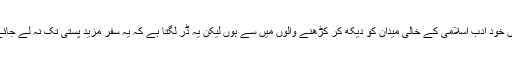
میں خود ادب اسلامی کے خالی میدان کو دیکھ کر کڑھنے والوں میں سے ہوں لیکن یہ ڈر لگتا ہے کہ یہ سفر مزید پستی تک نہ لے جائے۔